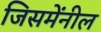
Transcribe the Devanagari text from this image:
जिसमेंनील